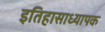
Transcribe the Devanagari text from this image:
इतिहासाध्यापक